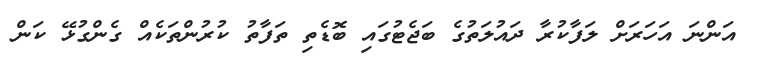
އަންނަ އަހަރަށް ލަފާކުރާ ދައުލަތުގެ ބަޖެޓުގައި ބޮޑެތި ތަފާތު ކުރުންތަކެއް ގެންގުޅޭ ކަން